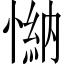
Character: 𢟕